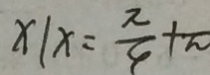
x \vert x = \frac { \pi } { 4 } + \pi